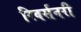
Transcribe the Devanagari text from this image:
रिवर्सनरी